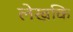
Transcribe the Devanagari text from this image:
लेखकि